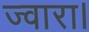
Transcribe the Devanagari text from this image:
ज्वारा।